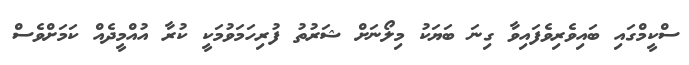
ސްކީމްގައި ބައިވެރިވެފައިވާ ގިނަ ބަޔަކު މިލޯނަށް ޝަރުތު ފުރިހަމަވުމަކީ ކުރާ އުއްމީދެއް ކަމަށްވެސް